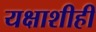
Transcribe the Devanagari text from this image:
यक्षाशीही